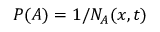
P ( A ) = 1 / N _ { A } ( x , t )